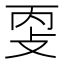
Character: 㪅